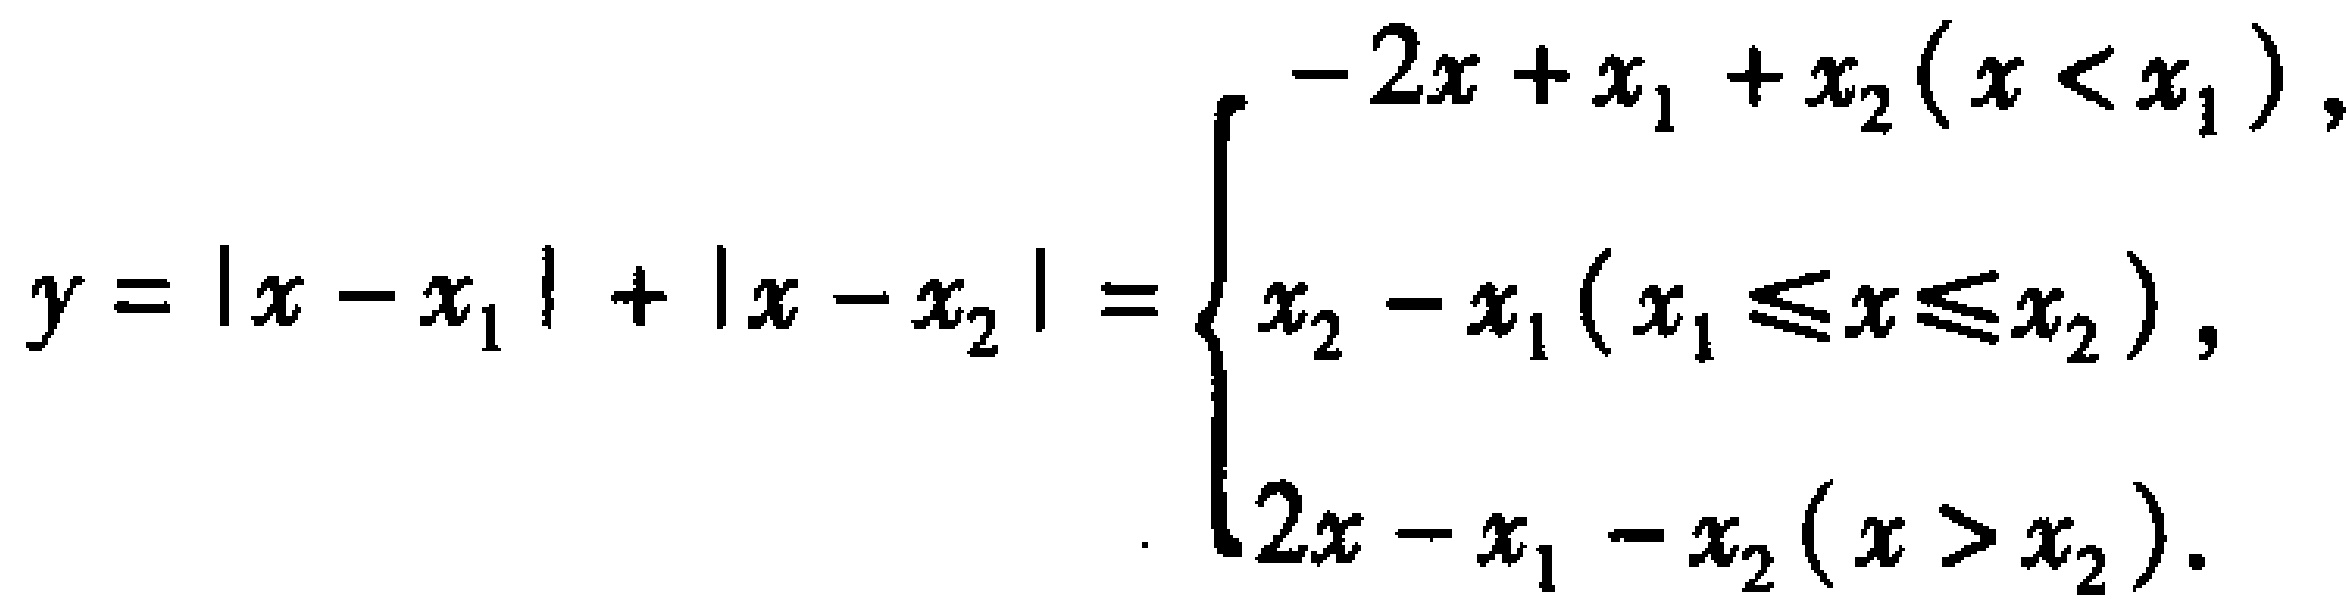
\[

y = |x - x_1| + |x - x_2| =

\begin{cases}

-2x + x_1 + x_2 & (x < x_1), \\

x_2 - x_1 & (x_1 \leq x \leq x_2), \\

2x - x_1 - x_2 & (x > x_2).

\end{cases}

\]